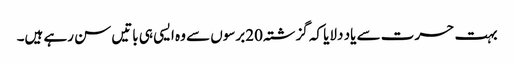
بہت حسرت سے یاد دلایا کہ گزشتہ 20برسوں سے وہ ایسی ہی باتیں سن رہے ہیں۔